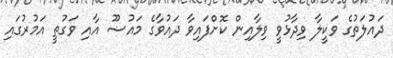
ދައުލަތުގެ ވަކީލާ ވިދާޅުވީ ވިލާއިން ކޮށްފައިވާ ދައުވާގެ މައުޟޫ އާއި ވަގުތީ އަމުރުގައި